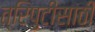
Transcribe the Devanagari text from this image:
त्रिपुटींसाठी